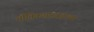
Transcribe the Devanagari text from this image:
भौतिकशास्त्रज्ञाच्या